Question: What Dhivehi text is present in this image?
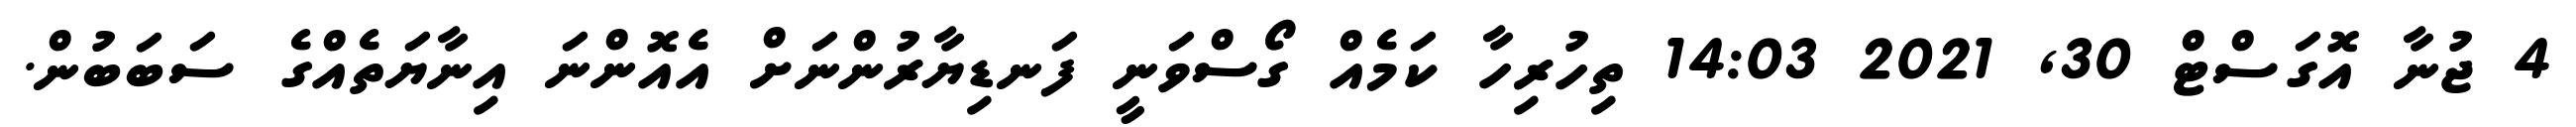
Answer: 4 ޖުނާ އޮގަސްޓް 30, 2021 14:03 ތިހުރިހާ ކަމެއް ގޯސްވަނީ ފަނޑިޔާރުންނަށް އެއޮންނަ އިނާޔަތެއްގެ ސަބަބުން.